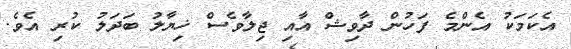
އެކަމަކު އެންމެ ފަހުން ދާވިޝް އާއި ޖިލާވެސް ޚިޔާލު ބަދަލު ކުރި އެވެ.